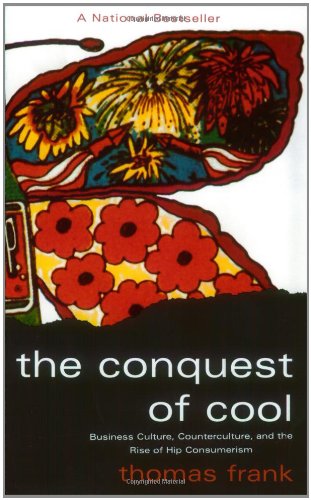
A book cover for The Conquest of Cool: Business Culture, Counterculture, and the Rise of Hip Consumerism; Thomas Frank; Business & Money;